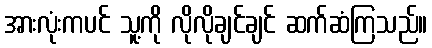
အားလုံးကပင် သူ့ကို လိုလိုချင်ချင် ဆက်ဆံကြသည်။